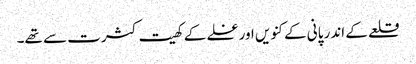
قلعے کے اندر پانی کے کنویں اورغلے کے کھیت کثرت سے تھے۔